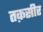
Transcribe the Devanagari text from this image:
तक़सीर